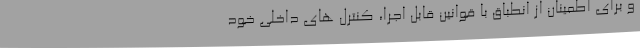
و برای اطمینان از انطباق با قوانین قابل اجرا، کنترل های داخلی خود